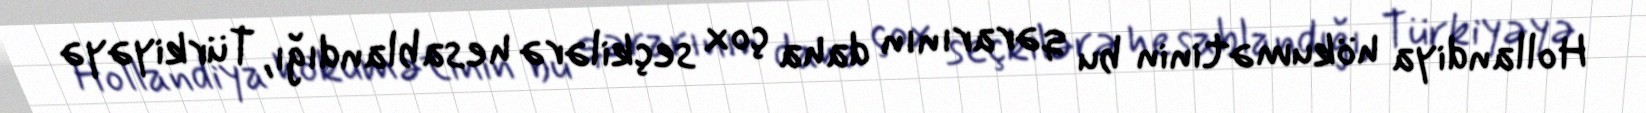
Hollandiya hökumətinin bu qərarının daha çox seçkilərə hesablandığı, Türkiyəyə